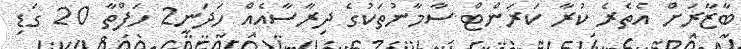
ބާޒާރަށް އެތެރެ ކުރާ ކަރަންޓް ސާމާނުތަކުގެ ދިރާސާއެއް ހަދަނީ2 ހަފްތާ 20 ގަޑި